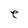
Character: e